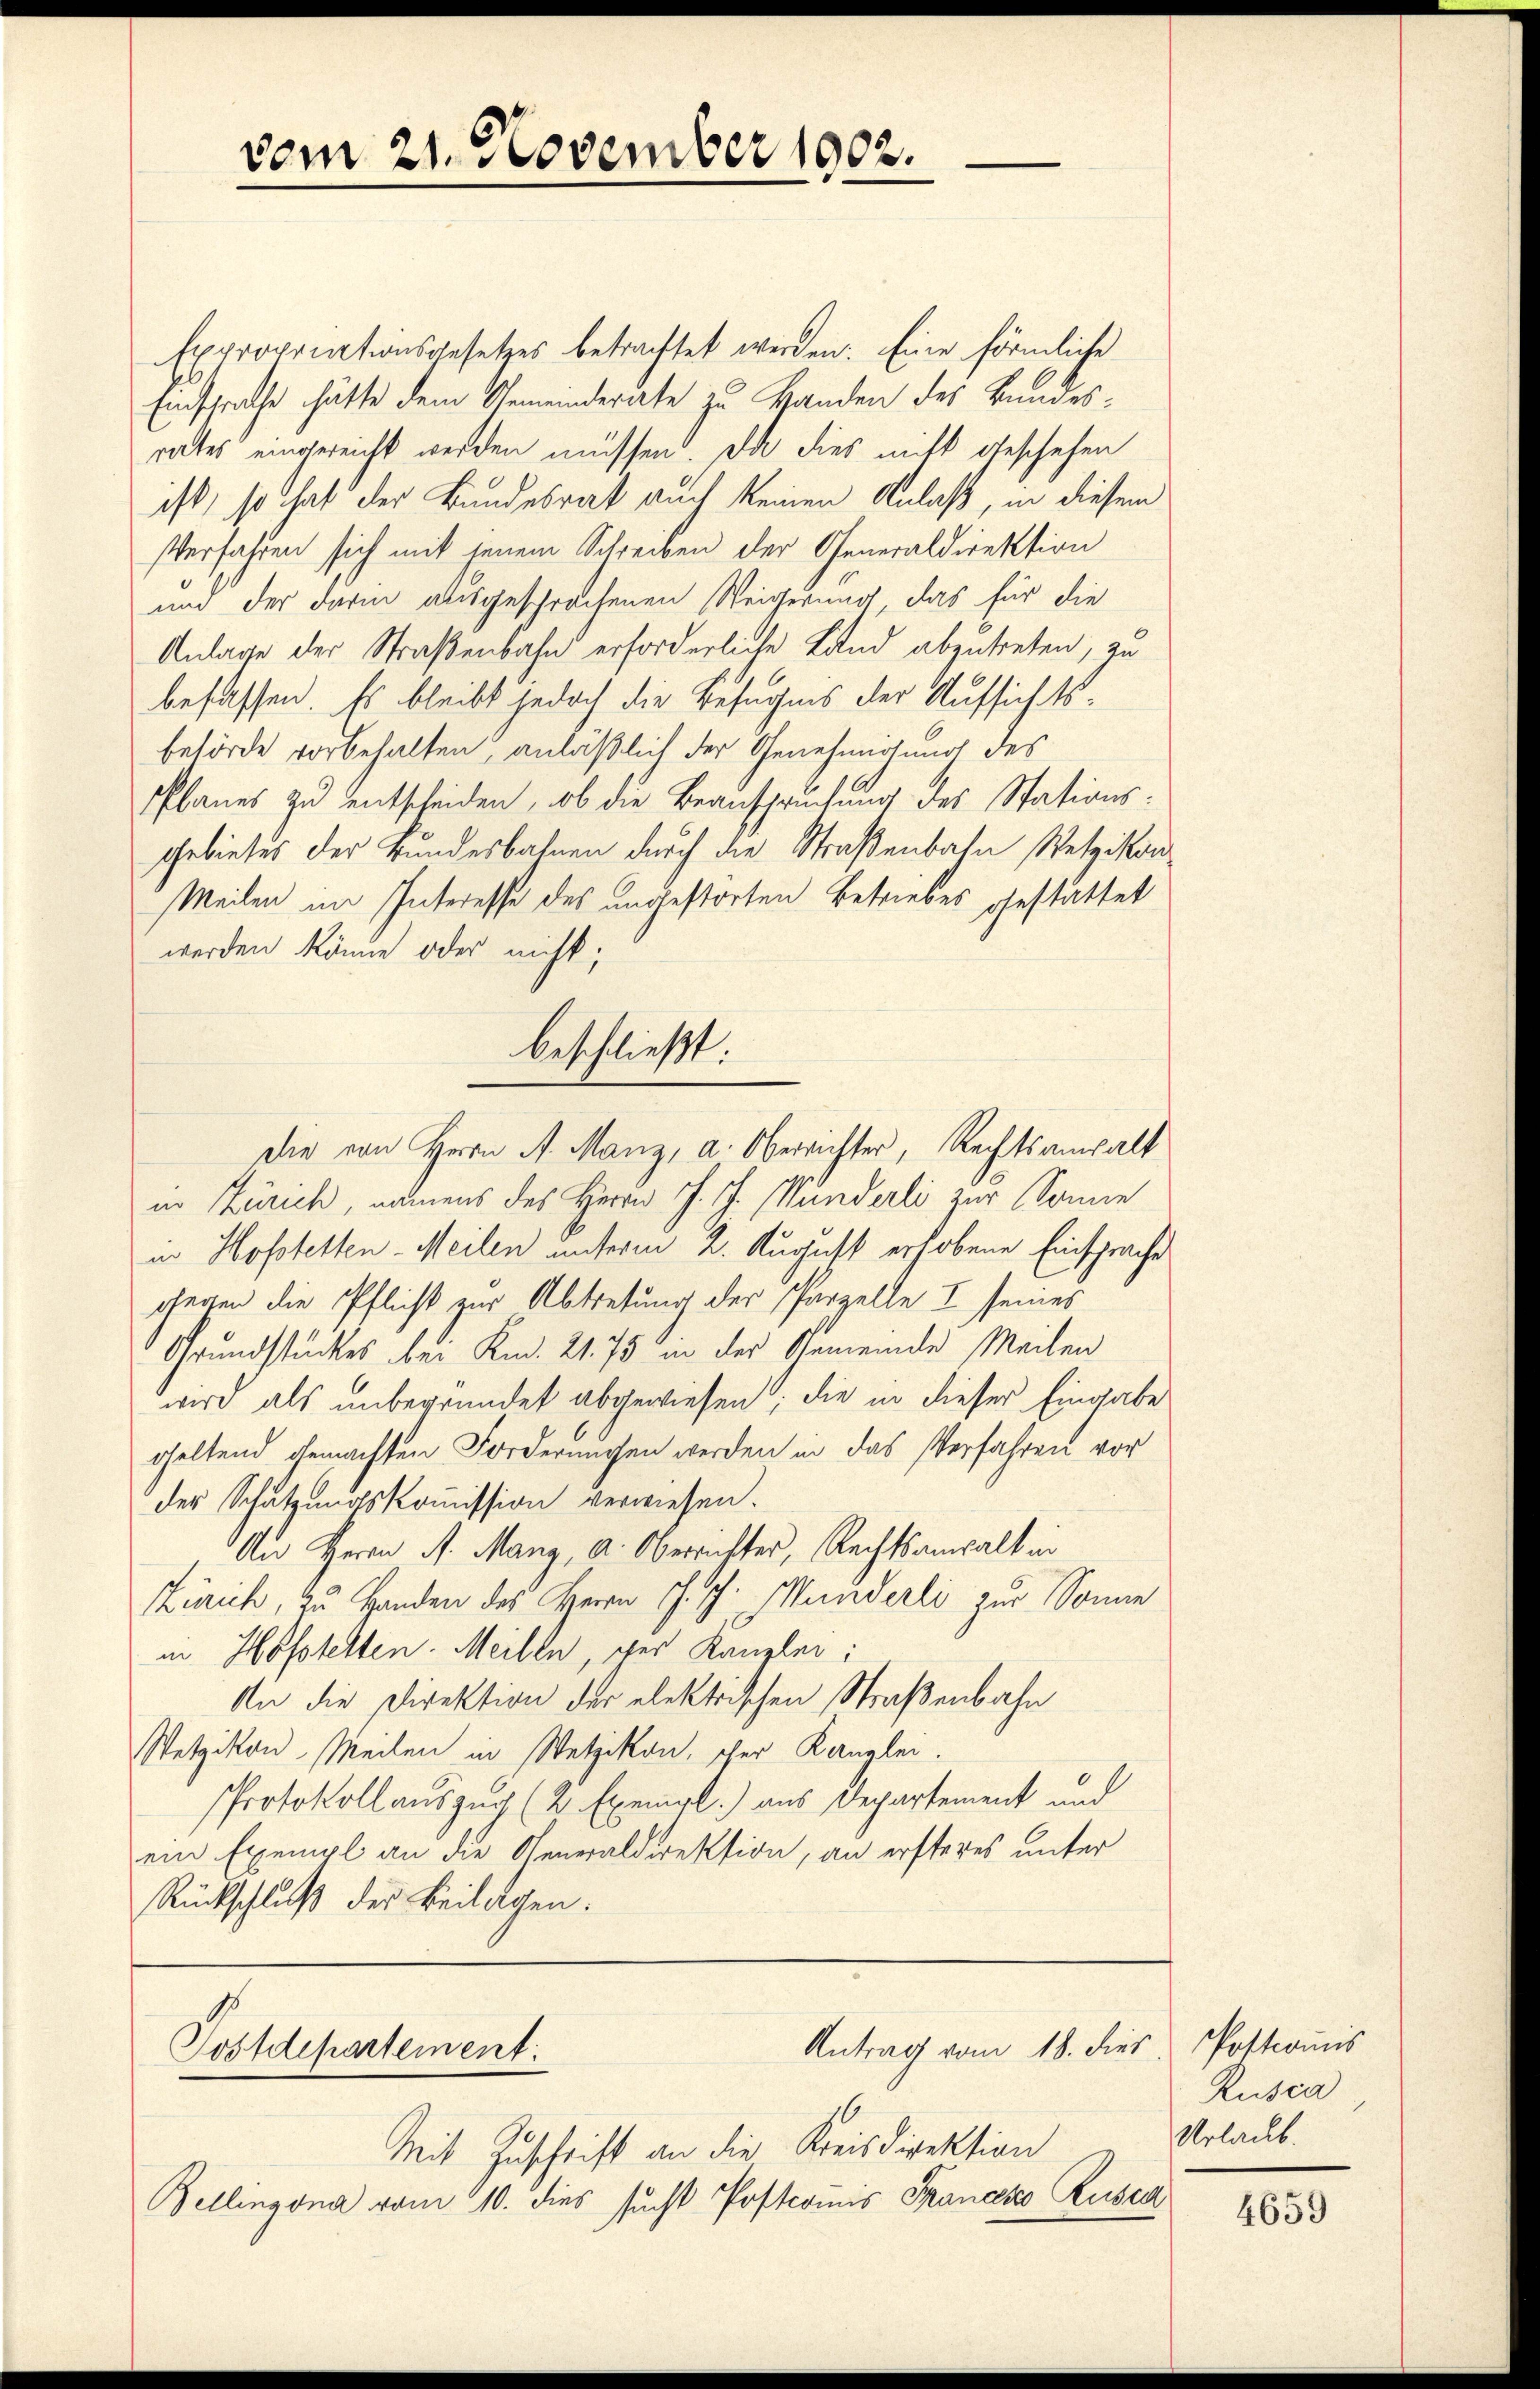
vom 21. November 1902.

Expropriationsgesetzes betrachtet werden. Eine förmliche
Einsprache hätte dem Gemeinderate zu Handen des Bundesrates eingereicht werden müssen. Da dies nitt geschehen
ist, so hat der Bundesrat auch keinen Anlaß, in diesem
Verfahren sich mit jenem Schreiben der Generaldirektion
und der darin ausgesprochenen Weigerung das für die
Anlage der Straßenbahn erforderliche Land abzutreten, zu
befassen. Es bleibt jedoch die Befugnis der Aufsichtsbehörde vorbehalten, anläßlich der Genehmigung des
Planes zu entscheiden, ob die Beanspruchung des Stations¬
Gebietes der Bundesbahnen durch die Straßenbahn Wetzikon
Meilen im Interesse des ungestorten Betriebes gestattet
werden könne oder nicht;
in Zürich, namens des Herrn J. J. Münderli zur Sonne
in Hofstetten-Meilen unterm 2. August erhobene Einsprache
gegen die Pflicht zur Abtretung der Parzelle I seines
Grundstückes bei Knd. 21. 75 in der Gemeinde Meilen
wird als unbegründet abgewiesen; die in dieser Eingabe
geltend gemachten Forderungen werden in das Verfahren vor
der Schätzungskommission verwiesen.
Au Herrn A. Manz, a. Oberrichter, Rechtsanwalt in
Zürich, zu Handen des Herrn J. J. Münderli zur Sonne
in Hofstelten. Meilen, der Kanzlei:
An die Direktion der elektrischen Straßenbahn
Wetzikon Meilen in Wetzikon, cher Kanzlei.
Protokoll auszug (2 Exempl.) aus Departement und
ein Exempl an die Generaldirektion, an ersteres unter
Rückschluß der Beilagen.

beschließt:
Die von Herrn A. Manz, a. Oberrichter, Rechtsanwalt

Antrag vom 18. dies
Postdepartement.
Mit Zuschrift an die Kreisdirektion
Bellingona vom 10. dies sucht Postcomis Sanato Rusza

Postcomis
Rusca
Urlacht.

4659